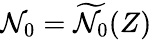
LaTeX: \mathcal{N}_{0}=\widetilde{{\mathcal{N}_{0}}}(Z)